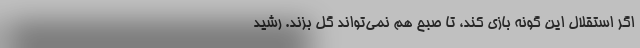
اگر استقلال این گونه بازی کند، تا صبح هم نمی‌تواند گل بزند. رشید